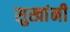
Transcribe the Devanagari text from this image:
सुखांनी